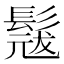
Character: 𮫎